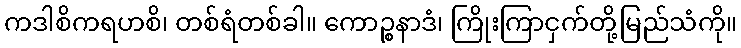
ကဒါစိကရဟစိ၊ တစ်ရံတစ်ခါ။ ကောဉ္စနာဒံ၊ ကြိုးကြာငှက်တို့မြည်သံကို။